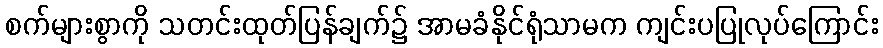
စက်များစွာကို သတင်းထုတ်ပြန်ချက်၌ အာမခံနိုင်ရုံသာမက ကျင်းပပြုလုပ်ကြောင်း